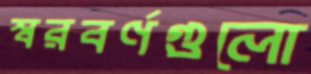
স্বরবর্ণগুলো